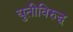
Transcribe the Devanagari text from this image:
युतीविरुद्ध